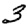
Digit: 3